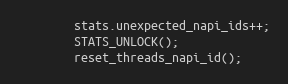
Language: C
        stats.unexpected_napi_ids++;
        STATS_UNLOCK();
        reset_threads_napi_id();